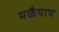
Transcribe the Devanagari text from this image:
मळैयाय